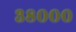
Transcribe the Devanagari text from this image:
३८०००